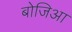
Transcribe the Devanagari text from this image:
बोजिआ